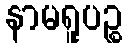
နာမရူပဉ္စ